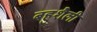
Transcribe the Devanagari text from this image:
बहुशैली